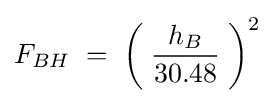
F_{BH}\;=\;\left(\;{\frac {h_{B}}{30.48}}\;\right)^{2}